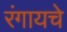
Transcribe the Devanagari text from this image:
रंगायचे